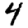
Digit: 4